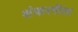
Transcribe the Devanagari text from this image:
शंकरगीता